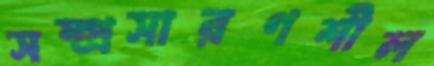
সম্প্রসারণশীল